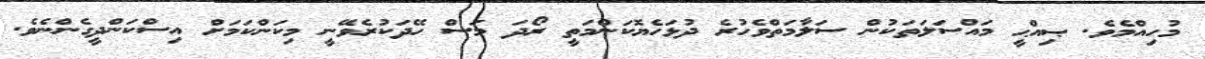
މުހިއްމެވެ. ޞިއްޙީ މައްސަލަތަކުން ސަލާމަތްވެހުރެ ދުޅަހެޔޮކަންމަތީ ރޯދަ މަސް ހޭދަކުރެވޭނީ މިކަންކަމަށް އިސްކަންދީގެންނެވެ.